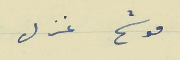
موشح غزل